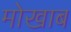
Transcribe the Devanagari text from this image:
मोखाब